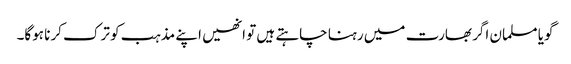
گویا مسلمان اگر بھارت میں رہنا چاہتے ہیں تو انھیں اپنے مذہب کو ترک کرنا ہوگا۔